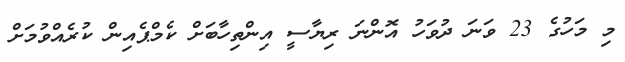
މި މަހުގެ 23 ވަނަ ދުވަހު އޮންނަ ރިޔާސީ އިންތިހާބަށް ކެމްޕެއިން ކުރެއްވުމަށް